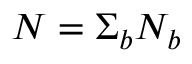
N = \Sigma _ { b } N _ { b }